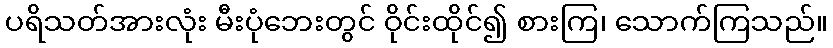
ပရိသတ်အားလုံး မီးပုံဘေးတွင် ဝိုင်းထိုင်၍ စားကြ၊ သောက်ကြသည်။